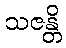
သဇန္တိ